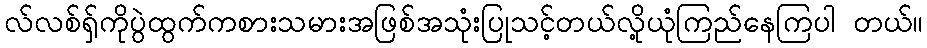
လ်လစ်ရှ်ကိုပွဲထွက်ကစားသမားအဖြစ်အသုံးပြုသင့်တယ်လို့ယုံကြည်နေကြပါ တယ်။